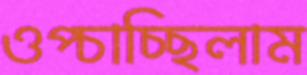
ওপ্‌চাচ্ছিলাম